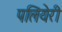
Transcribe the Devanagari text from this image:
पलियेरी